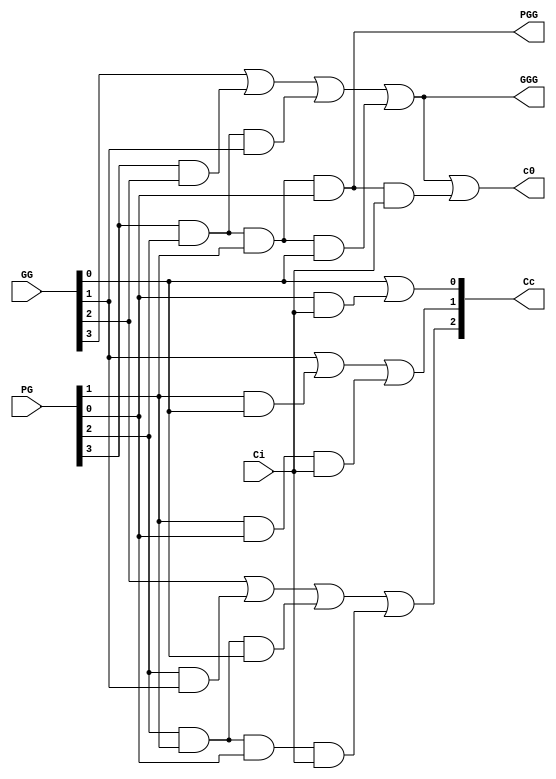
module cla16logic(GG,PG,Ci,Cc,c0,PGG,GGG);
input [3:0]PG,GG;
input Ci;
output PGG,GGG;
  output[3:1] Cc;
  output c0;
wire PGG_int,GGG_int;

assign Cc[1] = GG[0] | (PG[0] & Ci) ;
   assign Cc[2] = GG[1] | (PG[1] & GG[0]) | (PG[1] & PG[0] & Ci) ;
   assign  Cc[3]=GG[2]|(PG[2] & GG[1])|(PG[2]&PG[1]&GG[0]) | (PG[2] & PG[1] &PG[0] & Ci) ;
   assign PGG_int = PG[3] & PG[2] & PG[1] & PG[0] ;
assign  GGG_int=GG[3]|(PG[3] & GG[2])|(PG[3]&PG[2]&GG[1])|(PG[3]&PG[2]&PG[1]& GG[0]);
   assign c0 = GGG_int | (PGG_int & Ci) ;
   assign PGG = PGG_int ;
   assign GGG = GGG_int ;
endmodule